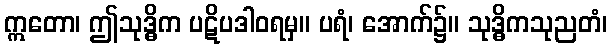
ဣတော၊ ဤသုဒ္ဓိက ပဋိပဒါဝရမှ။ ပရံ၊ အောက်၌။ သုဒ္ဓိကသုညတံ၊